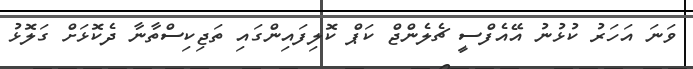
ވަނަ އަހަރު ކުޅުނު އޭއެފްސީ ޗެލެންޖް ކަޕް ކޮލިފައިންގައި ތަޖިކިސްތާނާ ދެކޮޅަށް ގަލޮޅު